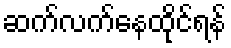
ဆက်လက်နေထိုင်ရန်